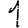
Digit: 1